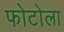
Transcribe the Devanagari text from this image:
फोटोला